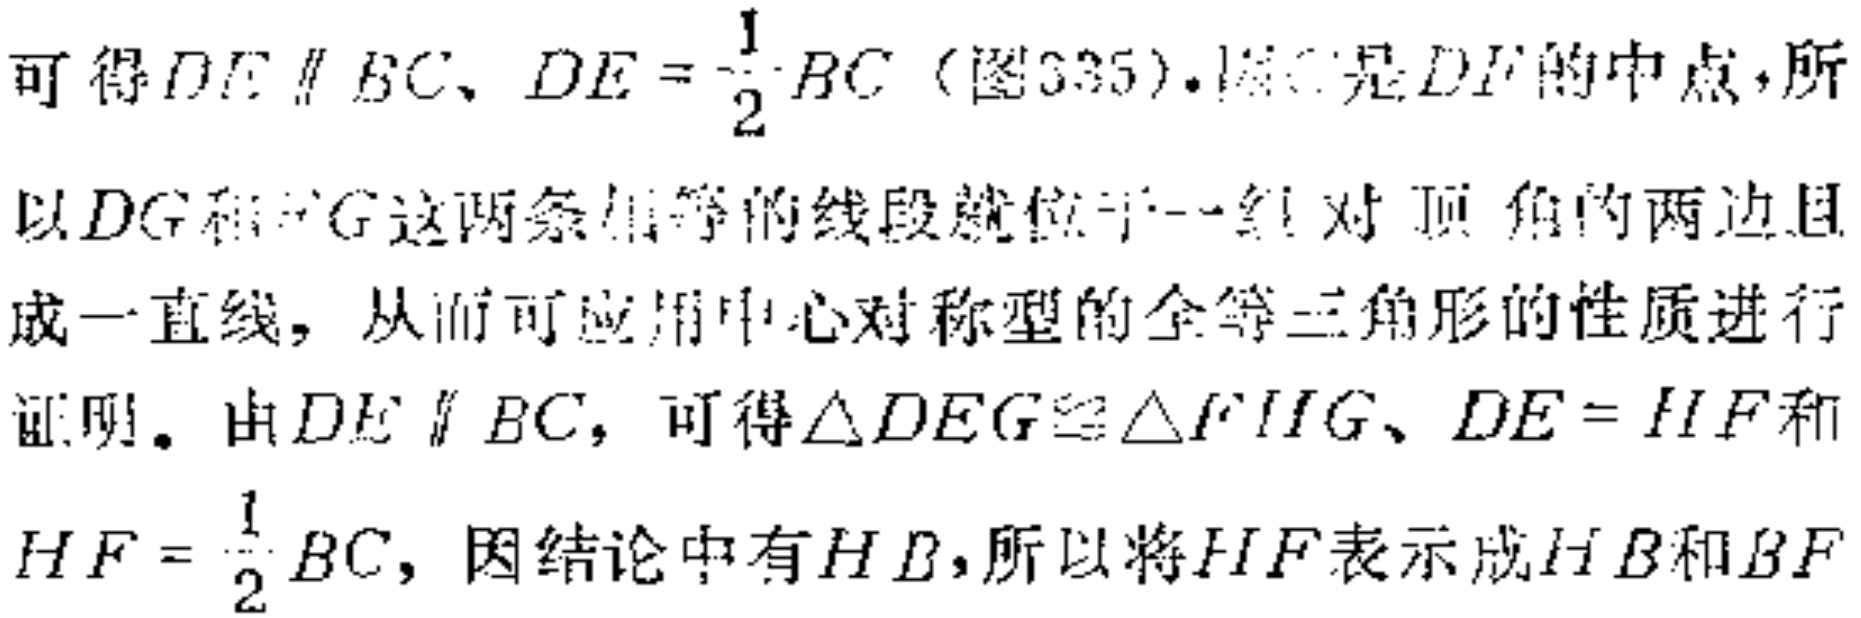
可得$DE \parallel BC$、$DE = \frac{1}{2}BC$（图335）. 因为$G$是$DF$的中点，所以$DG$和$FG$这两条相等的线段就位于一组对顶角的两边且成一直线，从而可应用中心对称型的全等三角形的性质进行证明. 由$DE \parallel BC$，可得$\triangle DEG\cong\triangle FHG$、$DE = HF$和$HF = \frac{1}{2}BC$，因结论中有$HB$，所以将$HF$表示成$HB$和$BF$